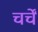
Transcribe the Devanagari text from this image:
चर्चें